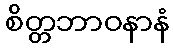
စိတ္တဘာဝနာနံ